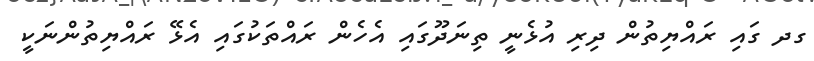
ގދ ގައި ރައްޔިތުން ދިރި އުޅެނީ ތިނަދޫގައި އެހެެން ރައްތަކުގައި އެޅޭ ރައްޔިތުންނަކީ